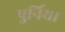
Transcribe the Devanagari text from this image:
पुर्निया